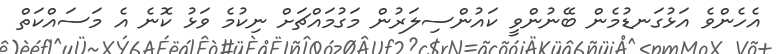
އެހެންވެ އަޅުގަނޑުމެން ބޭނުންވީ ކައުންސިލަރުން މަގުމައްޗަށް ނިކުމެ ވަޅު ކޮނެ އެ މަސައްކަތް